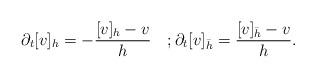
LaTeX: \begin{align*}\partial_t[v]_h=-\frac{[v]_h-v}{h} \quad;\partial_t[v]_{\bar{h}}=\frac{[v]_{\bar{h}}-v}{h}.\end{align*}